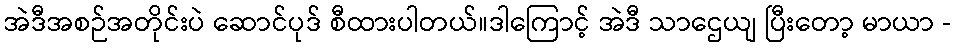
အဲဒီအစဉ်အတိုင်းပဲ ဆောင်ပုဒ် စီထားပါတယ်။ဒါကြောင့် အဲဒီ သာဌေယျ ပြီးတော့ မာယာ -